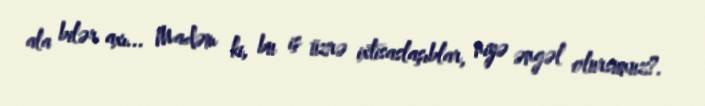
ala bilər axı... Madəm ki, bu iş üzrə ixtisaslaşıblar, niyə əngəl olursunuz?.